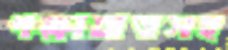
পক্ষাঘাতসহ